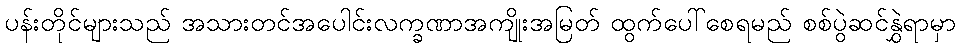
ပန်းတိုင်များသည် အသားတင်အပေါင်းလက္ခဏာအကျိုးအမြတ် ထွက်ပေါ်စေရမည် စစ်ပွဲဆင်နွှဲရာမှာ